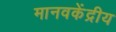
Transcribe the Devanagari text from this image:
मानवकेंद्रीय